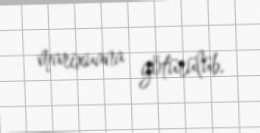
marixuana götürülüb.